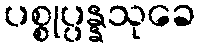
ပစ္စုပ္ပန္နသုခေ